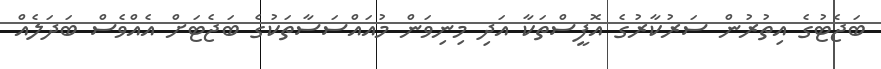
ބަޖެޓުގެ އިތުރުން ސަރުކާރުގެ އޮފީސްތަކާ އަދި މިނިވަން މުއައްސަސާތަކުގެ ބަޖެޓަށް އެއްވެސް ބަދަލެއް